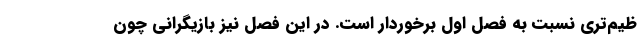
ظیم‌تری نسبت به فصل اول برخوردار است. در این فصل نیز بازیگرانی چون